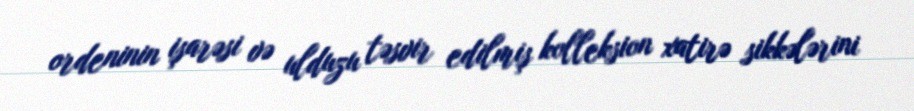
ordeninin işarəsi və ulduzu təsvir edilmiş kolleksion xatirə sikkələrini